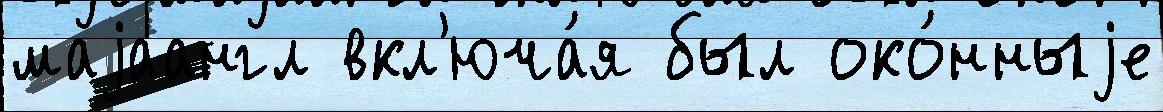
маjаангл вкл'юча́я был око́нныjе